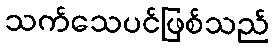
သက်သေပင်ဖြစ်သည်